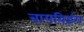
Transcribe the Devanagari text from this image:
बायबिड़ंग